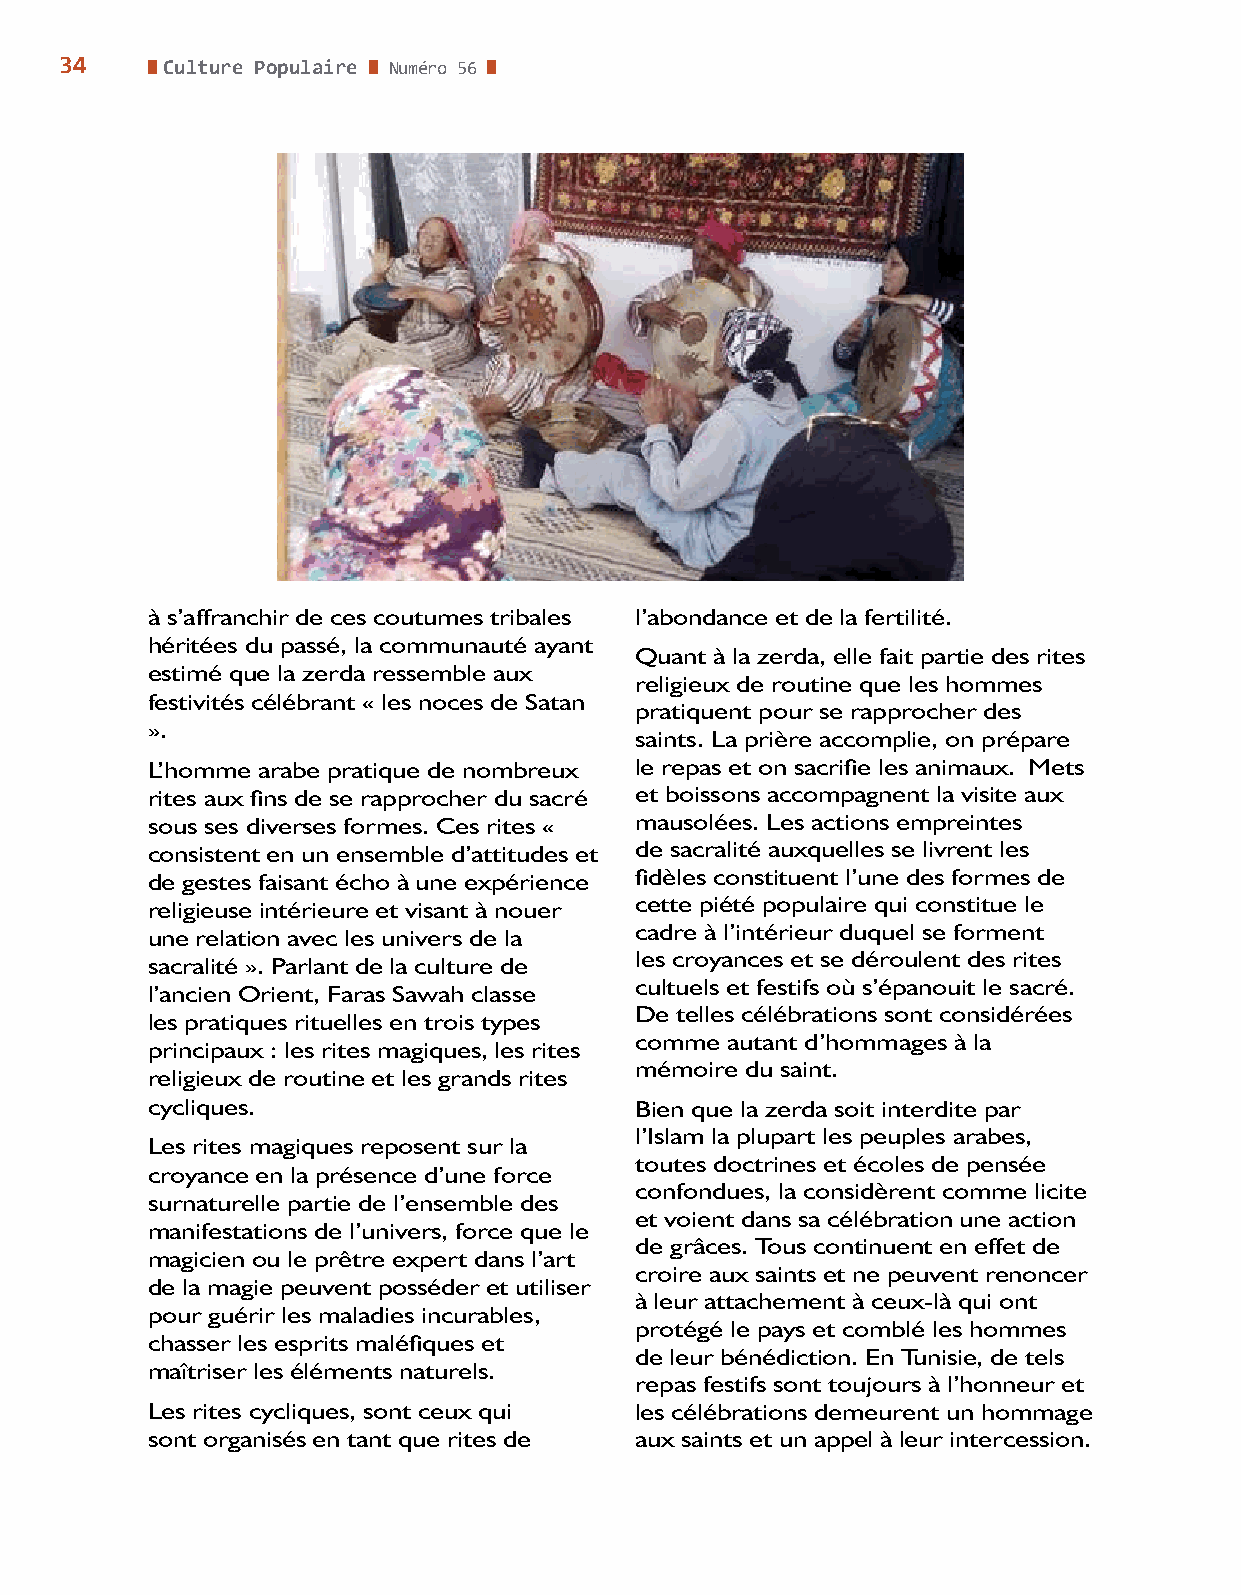
34     Culture Populaire Numéro 56
 à s’affranchir de ces coutumes tribales l’abondance et de la fertilité.
 héritées du passé, la communauté ayant
 Quant à la zerda, elle fait partie des rites
 estimé que la zerda ressemble aux
 religieux de routine que les hommes
 festivités célébrant « les noces de Satan
 pratiquent pour se rapprocher des
 ».
 saints. La prière accomplie, on prépare
 L’homme arabe pratique de nombreux le repas et on sacrifie les animaux. Mets
 rites aux fins de se rapprocher du sacré et boissons accompagnent la visite aux
 sous ses diverses formes. Ces rites « mausolées. Les actions empreintes
 consistent en un ensemble d’attitudes et de sacralité auxquelles se livrent les
 de gestes faisant écho à une expérience fidèles constituent l’une des formes de
 religieuse intérieure et visant à nouer cette piété populaire qui constitue le
 cadre à l’intérieur duquel se forment
 une relation avec les univers de la
 les croyances et se déroulent des rites
 sacralité ». Parlant de la culture de
 cultuels et festifs où s’épanouit le sacré.
 l’ancien Orient, Faras Sawah classe
 De telles célébrations sont considérées
 les pratiques rituelles en trois types
 comme autant d’hommages à la
 principaux : les rites magiques, les rites
 mémoire du saint.
 religieux de routine et les grands rites
 cycliques.                      Bien que la zerda soit interdite par
 l’Islam la plupart les peuples arabes,
 Les rites magiques reposent sur la
 toutes doctrines et écoles de pensée
 croyance en la présence d’une force
 confondues, la considèrent comme licite
 surnaturelle partie de l’ensemble des
 et voient dans sa célébration une action
 manifestations de l’univers, force que le
 de grâces. Tous continuent en effet de
 magicien ou le prêtre expert dans l’art
 croire aux saints et ne peuvent renoncer
 de la magie peuvent posséder et utiliser
 à leur attachement à ceux-là qui ont
 pour guérir les maladies incurables,
 protégé le pays et comblé les hommes
 chasser les esprits maléfiques et
 de leur bénédiction. En Tunisie, de tels
 maîtriser les éléments naturels.
 repas festifs sont toujours à l’honneur et
 Les rites cycliques, sont ceux qui les célébrations demeurent un hommage
 sont organisés en tant que rites de aux saints et un appel à leur intercession.